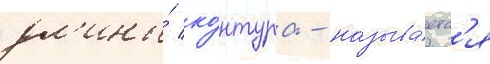
дл'ины́ ко́нтура - называ́етс'я